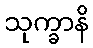
သုက္ခာနိ